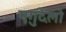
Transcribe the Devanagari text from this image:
एगुदेलो